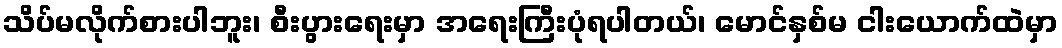
သိပ်မလိုက်စားပါဘူး၊ စီးပွားရေးမှာ အရေးကြီးပုံရပါတယ်၊ မောင်နှစ်မ ငါးယောက်ထဲမှာ